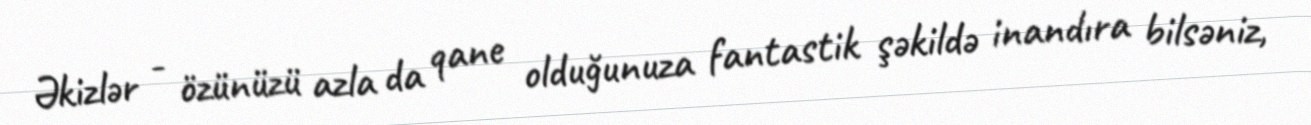
Əkizlər - özünüzü azla da qane olduğunuza fantastik şəkildə inandıra bilsəniz,